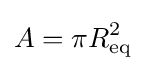
A=\pi R_{\text{eq}}^{2}